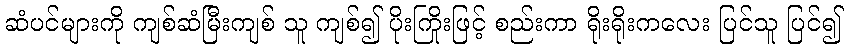
ဆံပင်များကို ကျစ်ဆံမြီးကျစ် သူ ကျစ်၍ ပိုးကြိုးဖြင့် စည်းကာ ရိုးရိုးကလေး ပြင်သူ ပြင်၍